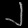
Digit: ၂